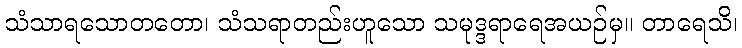
သံသာရသောတတော၊ သံသရာတည်းဟူသော သမုဒ္ဒရာရေအယဉ်မှ။ တာရေသိ၊